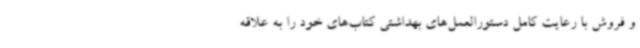
و فروش با رعایت کامل دستورالعمل‌های بهداشتی کتاب‌های خود را به علاقه